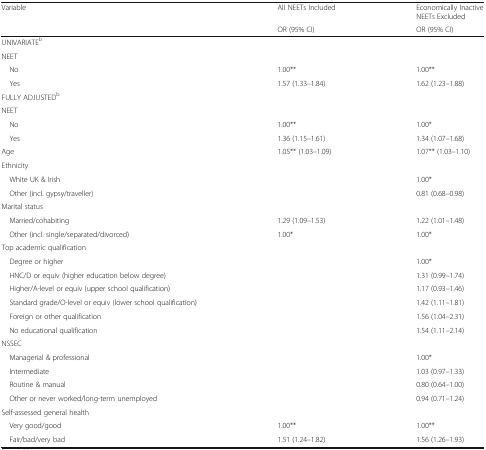
<table><thead><tr><td rowspan="2"><b>Variable</b></td><td><b>All NEETs Included</b></td><td><b>Economically Inactive NEETs Excluded</b></td></tr><tr><td><b>OR (95% CI)</b></td><td><b>OR (95% CI)</b></td></tr></thead><tbody><tr><td colspan="3">UNIVARIATE<sup>b</sup></td></tr><tr><td colspan="3">NEET</td></tr><tr><td> No</td><td>1.00**</td><td>1.00**</td></tr><tr><td> Yes</td><td>1.57 (1.33–1.84)</td><td>1.62 (1.23–1.88)</td></tr><tr><td colspan="3">FULLY ADJUSTED<sup>b</sup></td></tr><tr><td colspan="3">NEET</td></tr><tr><td> No</td><td>1.00**</td><td>1.00*</td></tr><tr><td> Yes</td><td>1.36 (1.15–1.61)</td><td>1.34 (1.07–1.68)</td></tr><tr><td>Age</td><td>1.05** (1.03–1.09)</td><td>1.07** (1.03–1.10)</td></tr><tr><td colspan="3">Ethnicity</td></tr><tr><td> White UK &amp; Irish</td><td></td><td>1.00*</td></tr><tr><td> Other (incl. gypsy/traveller)</td><td></td><td>0.81 (0.68–0.98)</td></tr><tr><td colspan="3">Marital status</td></tr><tr><td> Married/cohabiting</td><td>1.29 (1.09–1.53)</td><td>1.22 (1.01–1.48)</td></tr><tr><td> Other (incl. single/separated/divorced)</td><td>1.00*</td><td>1.00*</td></tr><tr><td colspan="3">Top academic qualification</td></tr><tr><td> Degree or higher</td><td></td><td>1.00*</td></tr><tr><td> HNC/D or equiv (higher education below degree)</td><td></td><td>1.31 (0.99–1.74)</td></tr><tr><td> Higher/A-level or equiv (upper school qualification)</td><td></td><td>1.17 (0.93–1.46)</td></tr><tr><td> Standard grade/O-level or equiv (lower school qualification)</td><td></td><td>1.42 (1.11–1.81)</td></tr><tr><td> Foreign or other qualification</td><td></td><td>1.56 (1.04–2.31)</td></tr><tr><td> No educational qualification</td><td></td><td>1.54 (1.11–2.14)</td></tr><tr><td colspan="3">NSSEC</td></tr><tr><td> Managerial &amp; professional</td><td></td><td>1.00*</td></tr><tr><td> Intermediate</td><td></td><td>1.03 (0.97–1.33)</td></tr><tr><td> Routine &amp; manual</td><td></td><td>0.80 (0.64–1.00)</td></tr><tr><td> Other or never worked/long-term unemployed</td><td></td><td>0.94 (0.71–1.24)</td></tr><tr><td colspan="3">Self-assessed general health</td></tr><tr><td> Very good/good</td><td>1.00**</td><td>1.00**</td></tr><tr><td> Fair/bad/very bad</td><td>1.51 (1.24–1.82)</td><td>1.56 (1.26–1.93)</td></tr></tbody></table>